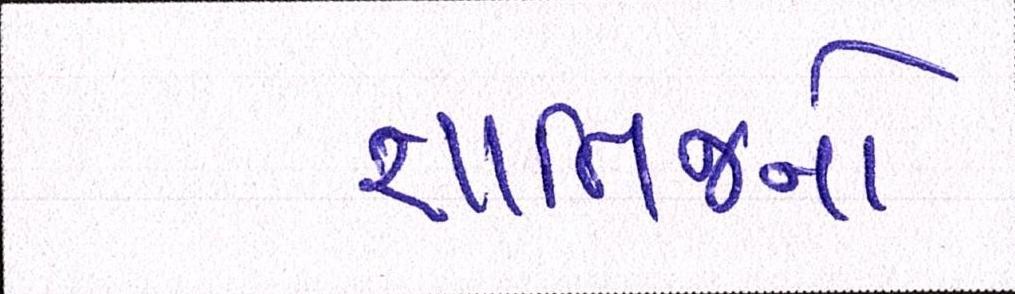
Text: જ્ઞાતિજનો